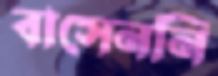
বাসেননি